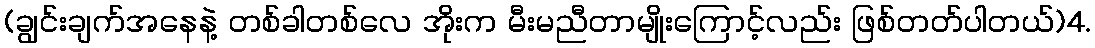
(ချွင်းချက်အနေနဲ့ တစ်ခါတစ်လေ အိုးက မီးမညီတာမျိုးကြောင့်လည်း ဖြစ်တတ်ပါတယ်)4.